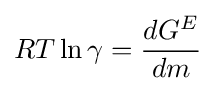
RT\ln \gamma ={\frac {dG^{E}}{dm}}